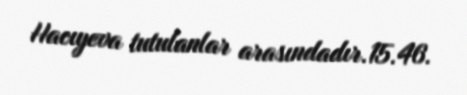
Hacıyeva tutulanlar arasındadır.15.46.